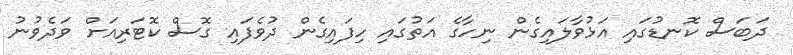
ދަބަސް ކޮނޑުގައި އަޅުވާލައިގެން ނިހާގެ އަތުގައި ހިފައިގެން ދުވެފައި ގޮސް ކޮޓަރިއަށް ވަދެވުނު